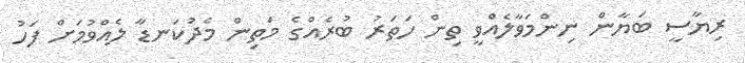
ރިޔާސީ ބަޔާން ނިންމަވާލެއްވީ ތިން ހަތަރު ބުރެއްގެ މަތިން މެދުކަނޑާ ލެެއްވުމަށް ފަހު